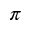
\pi